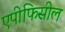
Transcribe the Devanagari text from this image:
एपीफिसील